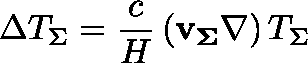
\Delta T _ { \Sigma } = \frac { c } { H } \, ( \mathbf { v _ { \Sigma } } \nabla ) \, T _ { \Sigma }